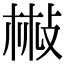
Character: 㪔